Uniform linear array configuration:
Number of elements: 48
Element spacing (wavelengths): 0.5
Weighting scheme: kaiser
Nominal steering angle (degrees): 45
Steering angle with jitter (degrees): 43.709
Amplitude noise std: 0.05
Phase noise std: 0.05

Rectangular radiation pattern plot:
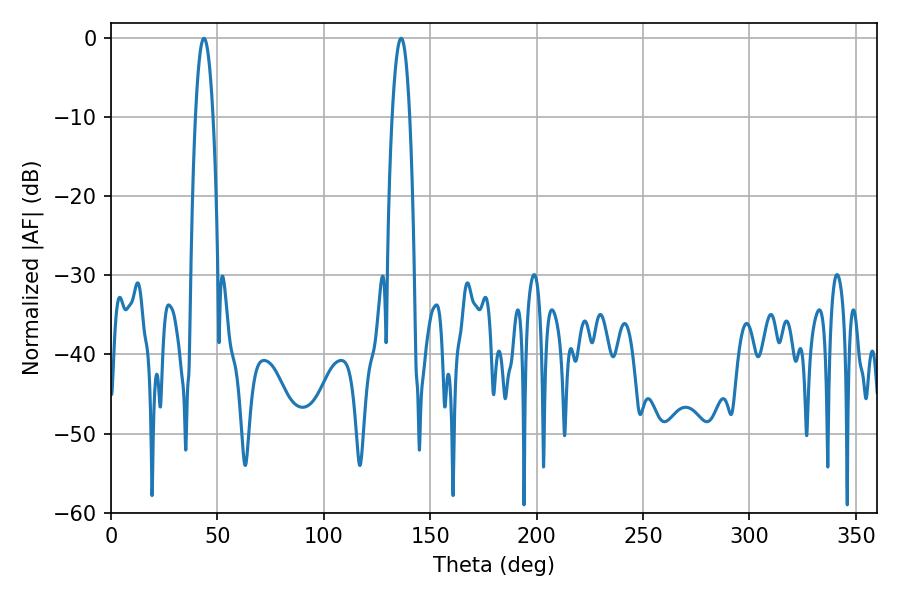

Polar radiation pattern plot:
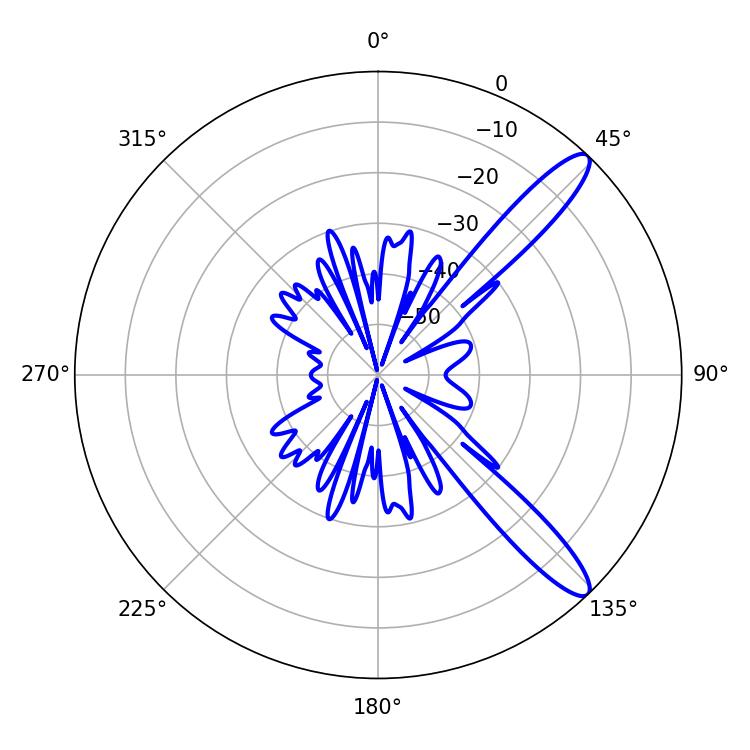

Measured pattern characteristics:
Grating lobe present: FALSE
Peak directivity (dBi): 12.261
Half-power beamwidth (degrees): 4.5
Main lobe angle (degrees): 43.74